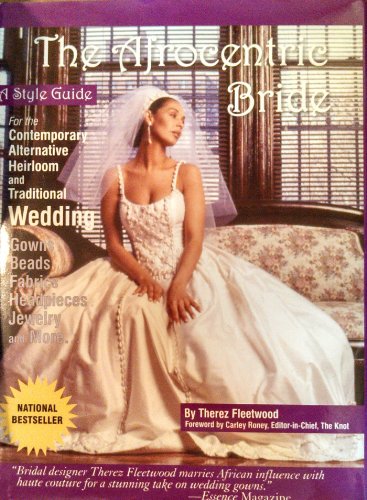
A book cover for The Afrocentric Bride; Therez Fleetwood; Crafts, Hobbies & Home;